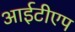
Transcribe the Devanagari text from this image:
आईटीएप